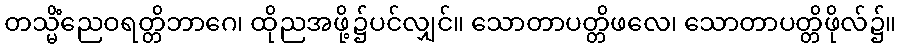
တသ္မိံညေဝရတ္တိဘာဂေ၊ ထိုညအဖို့၌ပင်လျှင်။ သောတာပတ္တိဖလေ၊ သောတာပတ္တိဖိုလ်၌။